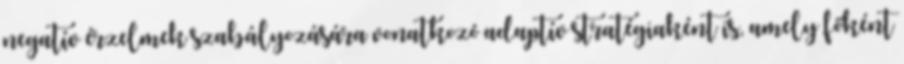
negatív érzelmek szabályozására vonatkozó adaptív stratégiaként is, amely főként